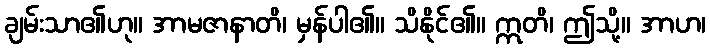
ချမ်းသာ၏ဟု။ အာမဇာနာတိ၊ မှန်ပါ၏။ သိနိုင်၏။ ဣတိ၊ ဤသို့။ အာဟ၊